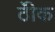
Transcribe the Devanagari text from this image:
ठीेक